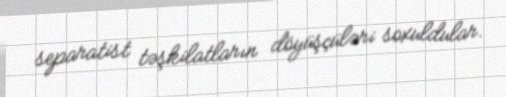
separatist təşkilatların döyüşçüləri soxuldular.